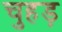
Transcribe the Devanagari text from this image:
चुहड़